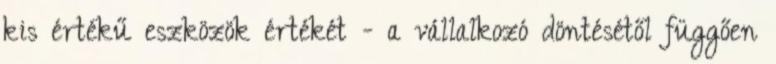
kis értékű eszközök értékét - a vállalkozó döntésétől függően